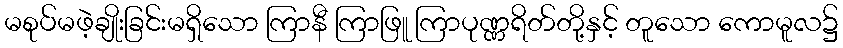
မစုပ်မဖဲ့ချိုးခြင်းမရှိသော ကြာနီ ကြာဖြူ ကြာပုဏ္ဏရိတ်တို့နှင့် တူသော ကောမူလ၌